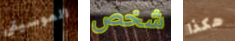
الموسيقى شخص هكذا